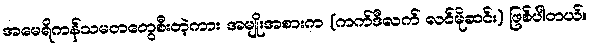
အမေရိကန်သမတတွေစီးတဲ့ကား အမျိုးအစားက (ကက်ဒီလက် လင်မိုဆင်း) ဖြစ်ပါတယ်။